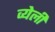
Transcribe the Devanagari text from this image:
व्येली